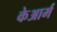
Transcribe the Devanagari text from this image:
केआर्म